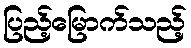
ပြည့်မြောက်သည့်